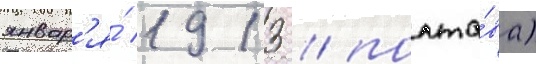
январ'я́ 1913 / полта́ва)